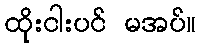
ထိုးငါးပင် မအပ်။